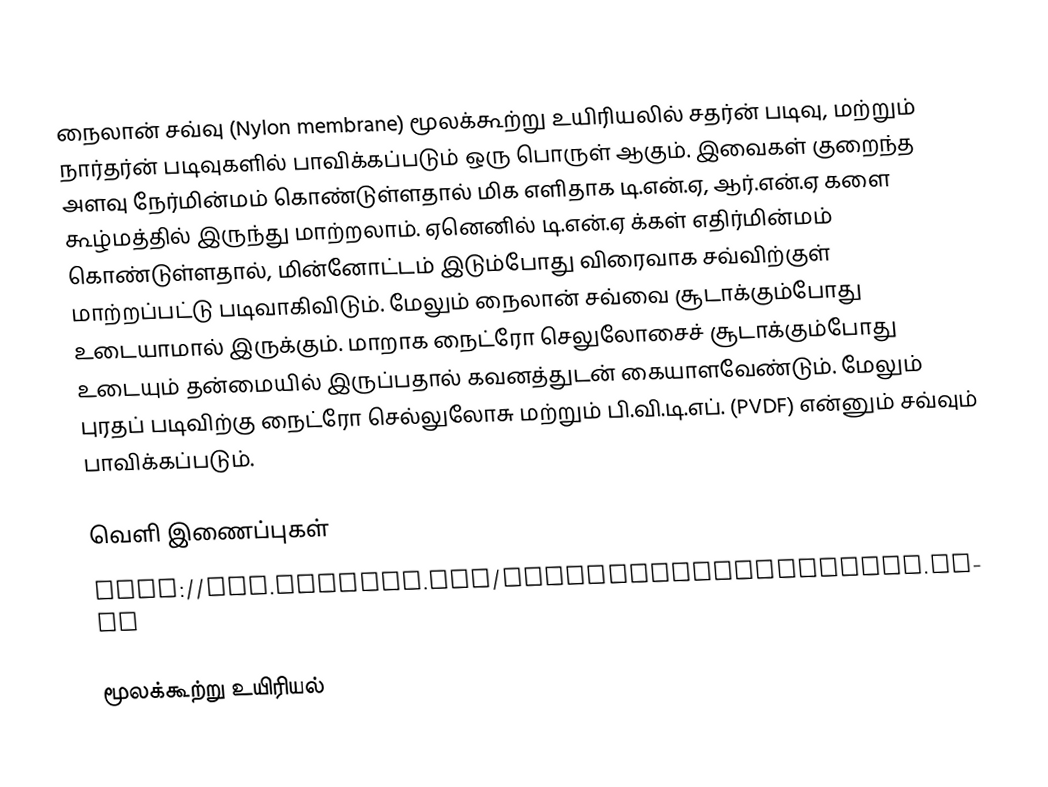
நைலான் சவ்வு (Nylon membrane) மூலக்கூற்று உயிரியலில் சதர்ன் படிவு, மற்றும் நார்தர்ன் படிவுகளில் பாவிக்கப்படும் ஒரு பொருள் ஆகும். இவைகள் குறைந்த அளவு நேர்மின்மம் கொண்டுள்ளதால் மிக எளிதாக டி.என்.ஏ, ஆர்.என்.ஏ களை கூழ்மத்தில் இருந்து மாற்றலாம். ஏனெனில் டி.என்.ஏ க்கள் எதிர்மின்மம் கொண்டுள்ளதால், மின்னோட்டம் இடும்போது விரைவாக சவ்விற்குள் மாற்றப்பட்டு படிவாகிவிடும். மேலும்  நைலான் சவ்வை சூடாக்கும்போது உடையாமால் இருக்கும். மாறாக  நைட்ரோ செலுலோசைச் சூடாக்கும்போது உடையும் தன்மையில் இருப்பதால் கவனத்துடன் கையாளவேண்டும். மேலும் புரதப் படிவிற்கு நைட்ரோ செல்லுலோசு மற்றும் பி.வி.டி.எப். (PVDF) என்னும் சவ்வும் பாவிக்கப்படும்.

வெளி இணைப்புகள்
 http://www.whatman.com/NytranNylonMembranes.aspx

மூலக்கூற்று உயிரியல்